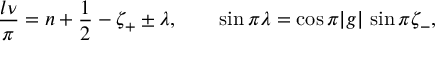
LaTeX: \frac { l \nu } { \pi } = n + \frac { 1 } { 2 } - \zeta _ { + } \pm \lambda , \qquad \sin \pi \lambda = \cos \pi | g | \, \sin \pi \zeta _ { - } ,